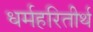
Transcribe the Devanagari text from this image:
धर्महरितीर्थ